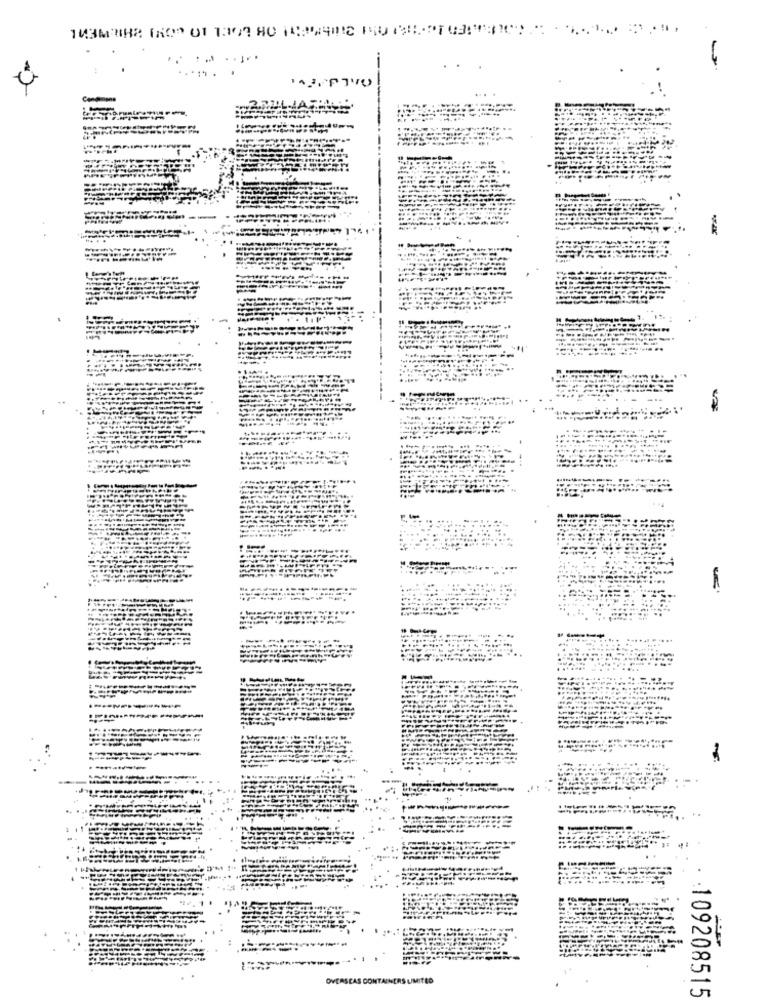
OVERSEAS CONTAINERS LIMITED
-109208515